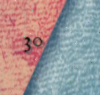
30